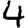
Digit: 4